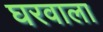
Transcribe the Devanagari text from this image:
घरवाला